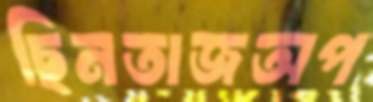
ছিনতাজঅপ